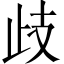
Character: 歧